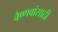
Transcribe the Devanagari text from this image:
वैष्णवांसाठी